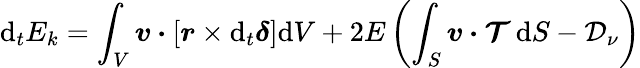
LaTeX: \mathrm{d}_{t}E_{k}=\int_{V}\boldsymbol{v}\boldsymbol{\cdot}\left[\boldsymbol{r}\times\mathrm{d}_{t}\boldsymbol{\delta}\right]\mathrm{d}V+2E\left(\int_{S}\boldsymbol{v}\boldsymbol{\cdot}\boldsymbol{\mathcal{T}}\, \mathrm{d}S-\mathcal{D}_{\nu}\right)